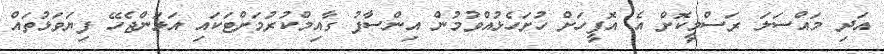
އަަދި މައްސަލަ ރަސްމީކޮށް އެ އޮފީހަށް ހުށަހެޅުއްވުމުން އިންސާފު ގާއިމްކުރުމަށްޓަކައި އަޅަންޖެހޭ ފިޔަވަޅުތައް